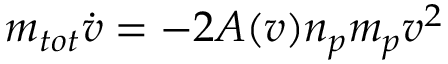
m _ { t o t } { \dot { v } } = - 2 A ( v ) n _ { p } m _ { p } v ^ { 2 }